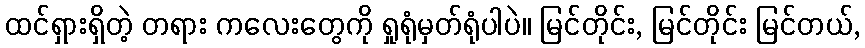
ထင်ရှားရှိတဲ့ တရား ကလေးတွေကို ရှုရုံမှတ်ရုံပါပဲ။ မြင်တိုင်း, မြင်တိုင်း မြင်တယ်,